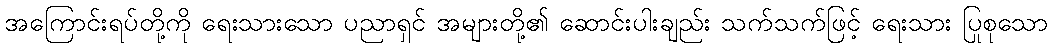
အကြောင်းရပ်တို့ကို ရေးသားသော ပညာရှင် အများတို့၏ ဆောင်းပါးချည်း သက်သက်ဖြင့် ရေးသား ပြုစုသော